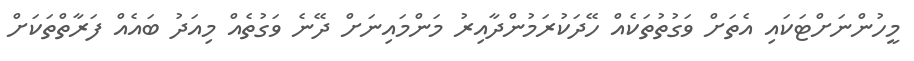
މީހުންނަށްޓަކައި އެތަށް ވަގުތުތަކެއް ހޭދަކުރަމުންދާއިރު މަންމައިނަށް ދޭނެ ވަގުތެއް މިއަދު ބައެއް ފަރާތްތަކަށް